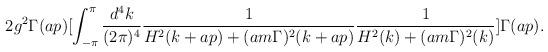
LaTeX: \begin{align*}2g^{2}\Gamma(ap)[\int_{-\pi}^{\pi}\frac{d^{4}k}{(2\pi)^{4}} \frac{1}{H^{2}(k+ap)+(am\Gamma)^{2}(k+ap)}\frac{1}{H^{2}(k)+(am\Gamma)^{2}(k)}]\Gamma(ap).\end{align*}